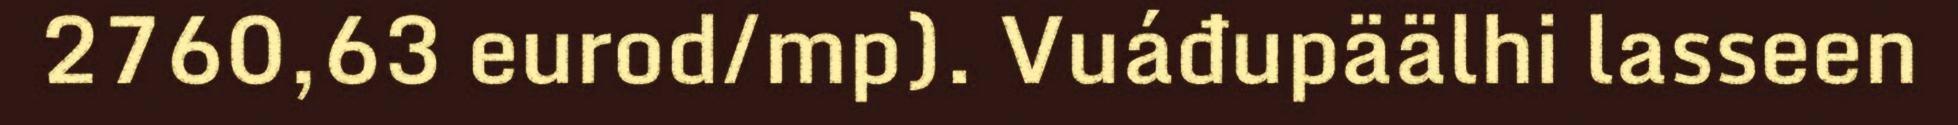
2760,63 eurod/mp). Vuáđupäälhi lasseen